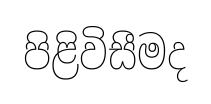
පිළිවිසීමද